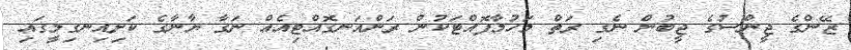
ޒޭންގެ ޖީންސުގެ ޖީބުން ނެގި ރަތް މަހުމާފޮއްޓަކުން ރަންއަނގޮއްޓިއެއް ނަގާ ޔާނާގެ ކަށިއިނގިލީގައި